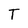
Character: T